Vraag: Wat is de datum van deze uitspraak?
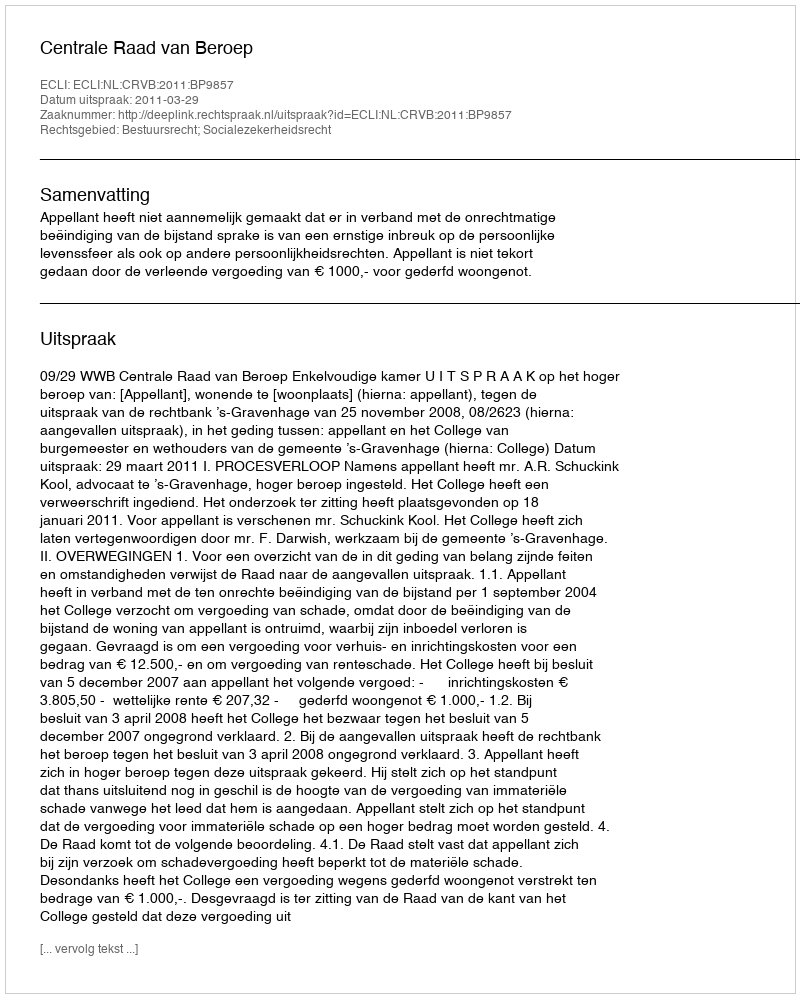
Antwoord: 2011-03-29